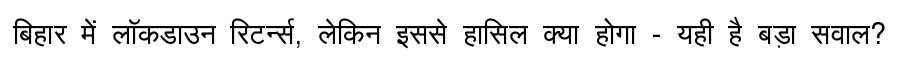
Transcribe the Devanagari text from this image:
बिहार में लॉकडाउन रिटर्न्स, लेकिन इससे हासिल क्या होगा - यही है बड़ा सवाल?